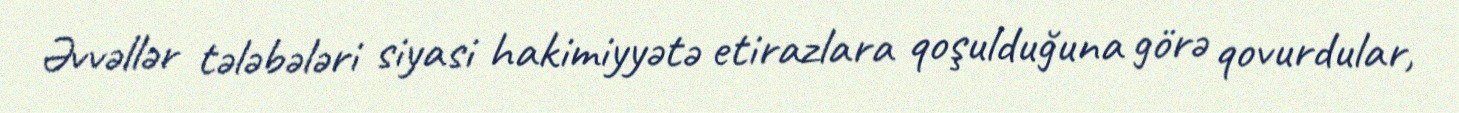
Əvvəllər tələbələri siyasi hakimiyyətə etirazlara qoşulduğuna görə qovurdular,